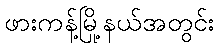
ဖားကန့်မြို့နယ်အတွင်း